Indian journal of veterinary science and animal husbandry - Volumes 24-25, 1954-1955
Year: 1954
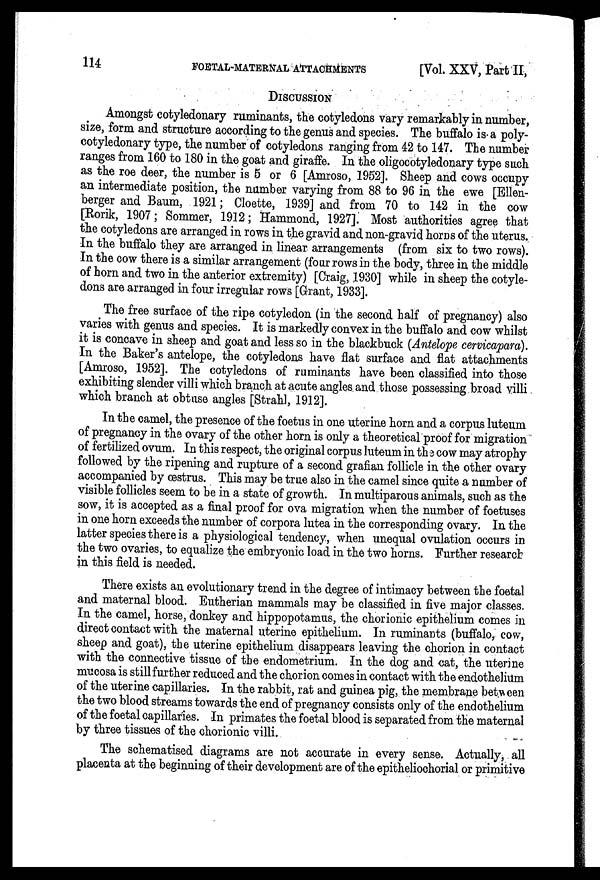
114
FOETAL-MATERNAL
ATTACHMENTS
[Vol. XXV, Part II,
DISCUSSION
Amongst cotyledonary ruminants, the cotyledons vary remarkably in number,
size, form and structure according to the genus and species. The buffalo is a poly-
cotyledonary type, the number of cotyledons ranging from 42 to 147. The number
ranges from 160 to 180 in the goat and giraffe. In the oligocotyledonary type such
as the roe deer, the number is 5 or 6 [Amroso, 1952]. Sheep and cows occupy
an intermediate position, the number varying from 88 to 96 in the ewe [Ellen-
berger and Baum, 1921; Cloette, 1939] and from 70 to 142 in the cow
[Rorik, 1907; Sommer, 1912; Hammond, 1927]. Most authorities agree that
the cotyledons are arranged in rows in the gravid and non-gravid horns of the uterus.
In the buffalo they are arranged in linear arrangements (from six to two rows).
In the cow there is a similar arrangement (four rows in the body, three in the middle
of horn and two in the anterior extremity) [Craig, 1930] while in sheep the cotyle-
dons are arranged in four irregular rows [Grant, 1933].
The free surface of the ripe cotyledon (in the second half of pregnancy) also
varies with genus and species. It is markedly convex in the buffalo and cow whilst
it is concave in sheep and goat and less so in the blackbuck (Antelope cervicapara).
In the Baker's antelope, the cotyledons have flat surface and flat attachments
[Amroso, 1952]. The cotyledons of ruminants have been classified into those
exhibiting slender villi which branch at acute angles and those possessing broad villi
which branch at obtuse angles [Strah], 1912].
In the camel, the presence of the foetus in one uterine horn and a corpus luteum
of pregnancy in the ovary of the other horn is only a theoretical proof for migration
of fertilized ovum. In this respect, the original corpus luteum in the cow may atrophy
followed by the ripening and rupture of a second grafian follicle in the other ovary
accompanied by œstrus. This may be true also in the camel since quite a number of
visible follicles seem to be in a state of growth. In multiparous animals, such as the
sow, it is accepted as a final proof for ova migration when the number of foetuses
in one horn exceeds the number of corpora lutea in the corresponding ovary. In the
latter species there is a physiological tendency, when unequal ovulation occurs in
the two ovaries, to equalize the embryonic load in the two horns. Further research
in this field is needed.
There exists an evolutionary trend in the degree of intimacy between the foetal
and maternal blood. Eutherian mammals may be classified in five major classes.
In the camel, horse, donkey and hippopotamus, the chorionic epithelium comes in
direct contact with the maternal uterine epithelium. In ruminants (buffalo, cow,
sheep and goat), the uterine epithelium disappears leaving the chorion in contact
with the connective tissue of the endometrium. In the dog and cat, the uterine
mucosa is still further reduced and the chorion comes in contact with the endothelium
of the uterine capillaries. In the rabbit, rat and guinea pig, the membrane between
the two blood streams towards the end of pregnancy consists only of the endothelium
of the foetal capillaries. In primates the foetal blood is separated from the maternal
by three tissues of the chorionic villi.
The schematised diagrams are not accurate in every sense. Actually, all
placenta at the beginning of their development are of the epitheliochorial or primitive